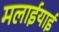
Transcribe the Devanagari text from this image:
मलाईयाई